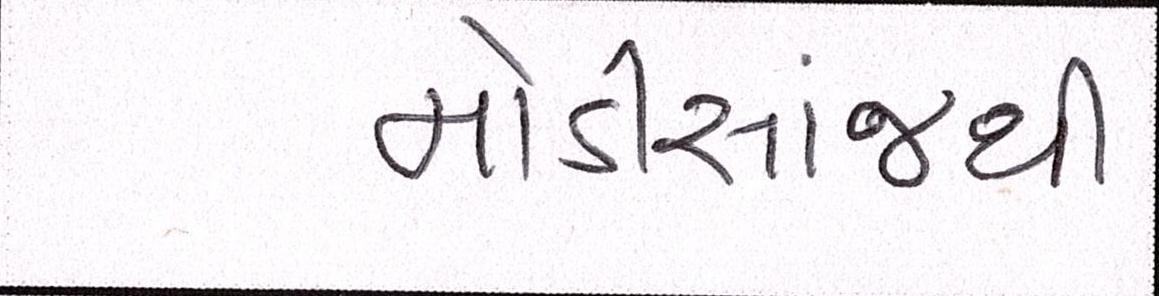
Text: મોડીસાંજથી